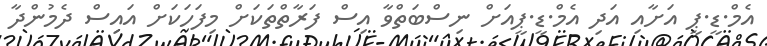
އެމް.ޑީ.ޕީ އަށާއި އަދި އެމް.ޑީ.ޕީއަށް ނިސްބަތްވާ އިސް ފަރާތްތަކަށް މިފަހަކަށް އައިސް ދެމުންދާ